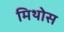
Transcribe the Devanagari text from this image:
मिथोस